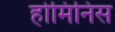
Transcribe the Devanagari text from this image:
होमिनिस